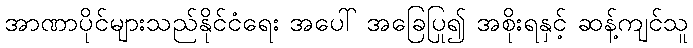
အာဏာပိုင်များသည်နိုင်ငံရေး အပေါ် အခြေပြု၍ အစိုးရနှင့် ဆန့်ကျင်သူ